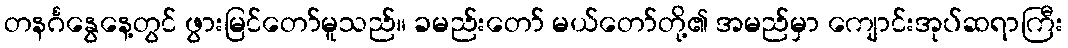
တနင်္ဂနွေနေ့တွင် ဖွားမြင်တော်မူသည်။ ခမည်းတော် မယ်တော်တို့၏ အမည်မှာ ကျောင်းအုပ်ဆရာကြီး